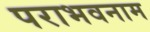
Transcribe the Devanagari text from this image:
पराभवनाम